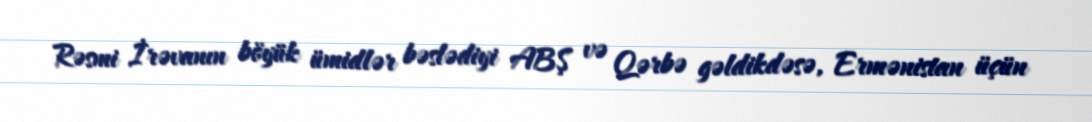
Rəsmi İrəvanın böyük ümidlər bəslədiyi ABŞ və Qərbə gəldikdəsə, Ermənistan üçün